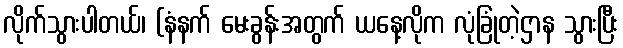
လိုက်သွားပါတယ်၊ (နံနက် မေးခွန်းအတွက် ယနေ့လိုက လုံခြုံတဲ့ဌာန သွားပြီး